Leaving Certificate Examination, 1923
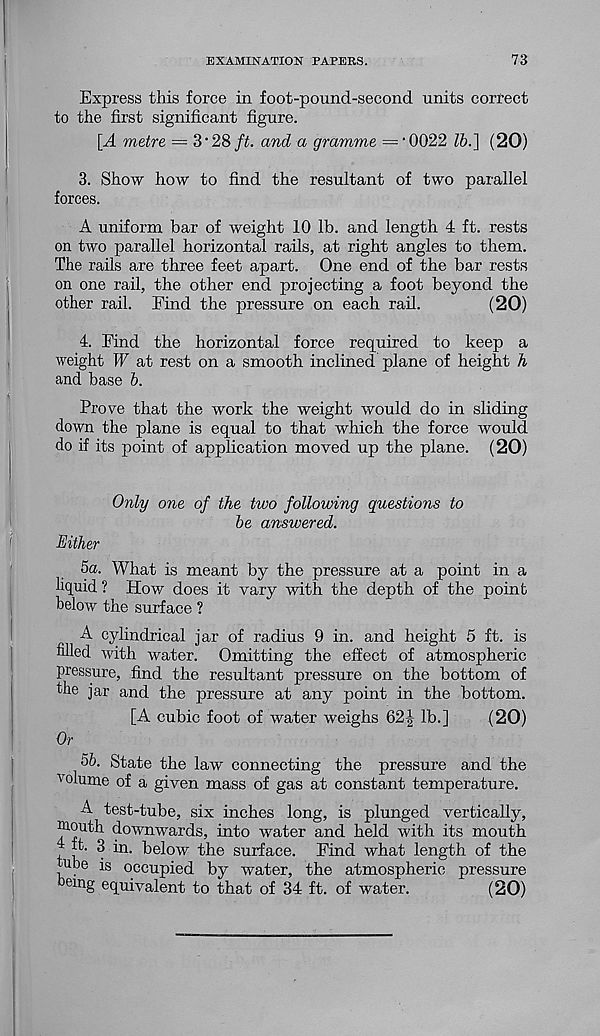
EXAMINATION PAPERS.
73
Express this force in foot-pound-second units correct
to the first significant figure.
[A metre = 3'28 ft. and a gramme = ‘0022 Z6.] (20)
3. Show how to find the resultant of two parallel
forces.
A uniform bar of weight 10 lb. and length 4 ft. rests
on two parallel horizontal rails, at right angles to them.
The rails are three feet apart. One end of the bar rests
on one rail, the other end projecting a foot beyond the
other rail. Find the pressure on each rail.
(20)
4. Find the horizontal force required to keep a
weight W at rest on a smooth inclined plane of height h
and base b.
Prove that the work the weight would do in sliding
down the plane is equal to that which the force would
do if its point of application moved up the plane. (20)
Only one of the two following questions to
be answered.
Either
5a. What is meant by the pressure at a point in a
liquid ? How does it vary with the depth of the point
below the surface ?
A cylindrical jar of radius 9 in. and height 5 ft. is
filled with water. Omitting the effect of atmospheric
pressure, find the resultant pressure on the bottom of
fhe jar and the pressure at any point in the bottom.
[A cubic foot of water weighs 621 lb.]
(20)
Or
5b. State the law connecting the pressure and the
volume of a given mass of gas at constant temperature.
A test-tube, six inches long, is plunged vertically,
wouth downwards, into water and held with its mouth
4 ft. 3 in. below the surface. Find what length of the
ube is occupied by water, the atmospheric pressure
emg equivalent to that of 34 ft. of water.
(20)